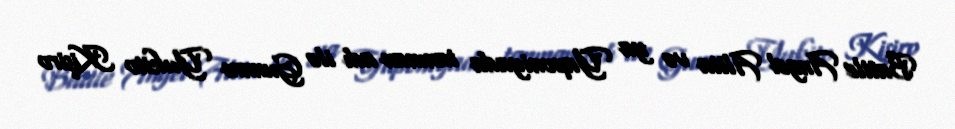
Battle Angel Alita və ya Yaponiyada tanınan adı ilə Gunnm Yukito Kişiro